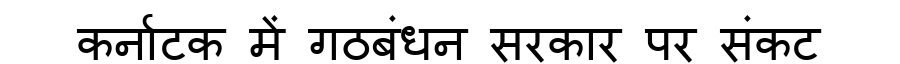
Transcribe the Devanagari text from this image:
कर्नाटक में गठबंधन सरकार पर संकट